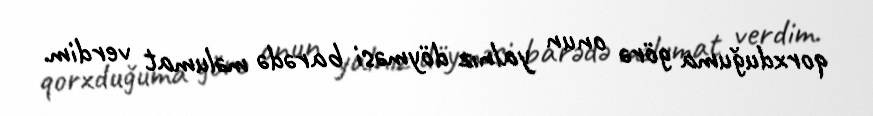
qorxduğuma görə onun yalnız döyməsi barədə məlumat verdim.